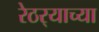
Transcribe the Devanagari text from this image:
रेठर्‍याच्या